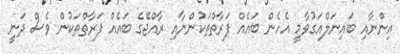
އިންނާއި ބައިނަލްއަގުވާމީ އެހެން ބައެއް ފަރާތްތަކުންނާއި ރާއްޖޭގެ ބައެއް ފަރާތްތަކުން ވެސް ދަނީ